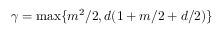
\gamma = \operatorname* { m a x } \{ m ^ { 2 } / 2 , d ( 1 + m / 2 + d / 2 ) \}